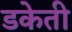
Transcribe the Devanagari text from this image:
डकेती